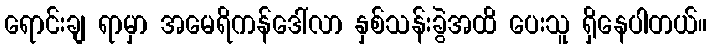
ရောင်းချ ရာမှာ အမေရိကန်ဒေါ်လာ နှစ်သန်းခွဲအထိ ပေးသူ ရှိနေပါတယ်။